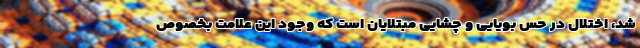
شد، اختلال در حس بویایی و چشایی مبتلایان است که وجود این علامت بخصوص